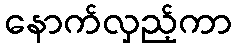
နောက်လှည့်ကာ